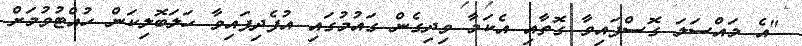
"އެ މައްސަލަ ގޮސްފައިވާ ގޮތާއި އެކަމާ ވިދިގެން ގައުމުގައި އުފެދިފައިވާ ހަލަބޮލިކަން ހުއްޓުވުމަށް